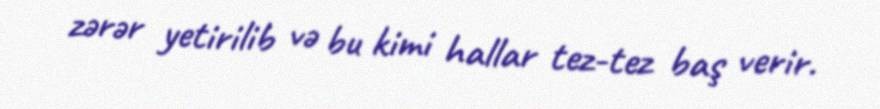
zərər yetirilib və bu kimi hallar tez-tez baş verir.